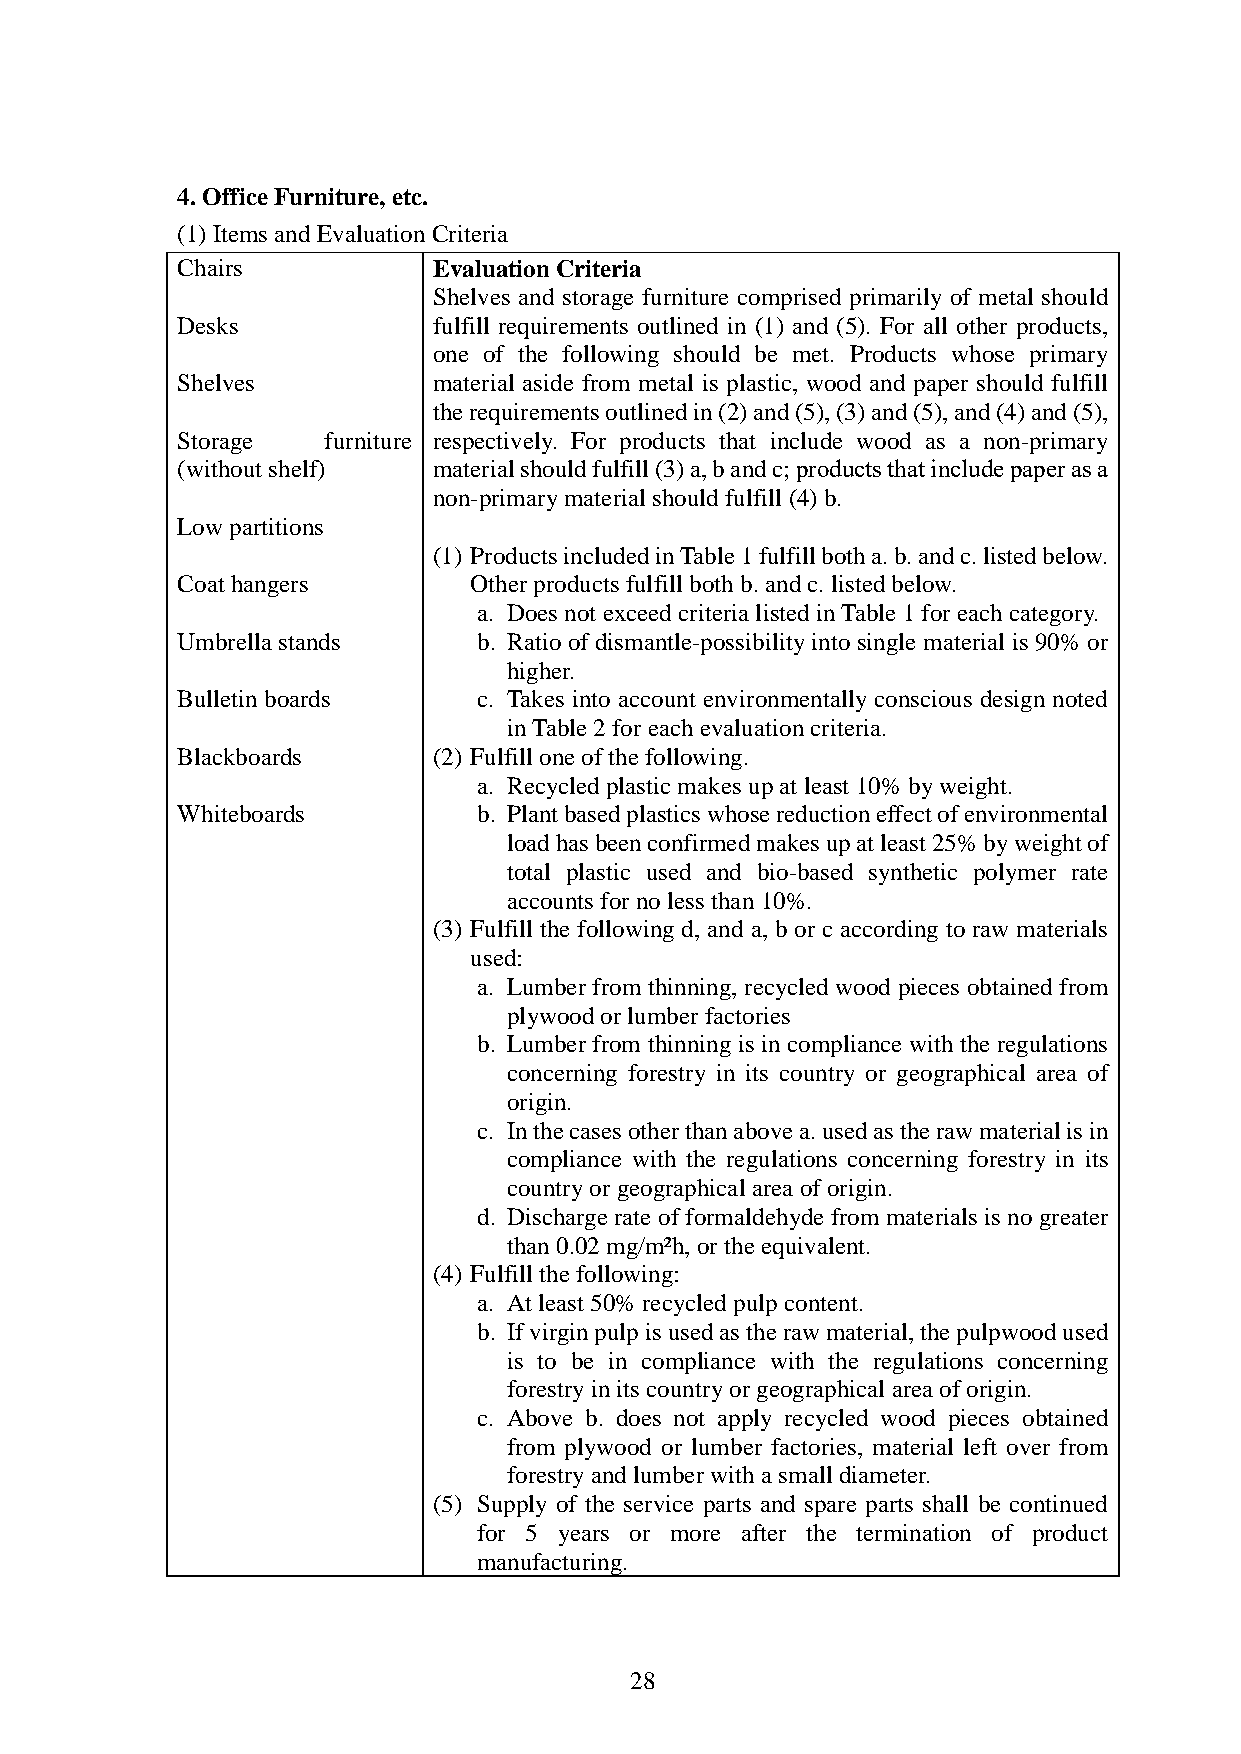
4. Office Furniture, etc.
 (1) Items and Evaluation Criteria
 Chairs           Evaluation Criteria
 Shelves and storage furniture comprised primarily of metal should
 Desks            fulfill requirements outlined in (1) and (5). For all other products,
 one of the following should be met. Products whose primary
 Shelves          material aside from metal is plastic, wood and paper should fulfill
 the requirements outlined in (2) and (5), (3) and (5), and (4) and (5),
 Storage  furniture respectively. For products that include wood as a non-primary
 (without shelf)  material should fulfill (3) a, b and c; products that include paper as a
 non-primary material should fulfill (4) b.
 Low partitions
 (1) Products included in Table 1 fulfill both a. b. and c. listed below.
 Coat hangers       Other products fulfill both b. and c. listed below.
 a. Does not exceed criteria listed in Table 1 for each category.
 Umbrella stands     b. Ratio of dismantle-possibility into single material is 90% or
 higher.
 Bulletin boards     c. Takes into account environmentally conscious design noted
 in Table 2 for each evaluation criteria.
 Blackboards      (2) Fulfill one of the following.
 a. Recycled plastic makes up at least 10% by weight.
 Whiteboards         b. Plant based plastics whose reduction effect of environmental
 load has been confirmed makes up at least 25% by weight of
 total plastic used and bio-based synthetic polymer rate
 accounts for no less than 10%.
 (3) Fulfill the following d, and a, b or c according to raw materials
 used:
 a. Lumber from thinning, recycled wood pieces obtained from
 plywood or lumber factories
 b. Lumber from thinning is in compliance with the regulations
 concerning forestry in its country or geographical area of
 origin.
 c. In the cases other than above a. used as the raw material is in
 compliance with the regulations concerning forestry in its
 country or geographical area of origin.
 d. Discharge rate of formaldehyde from materials is no greater
 than 0.02 mg/m²h, or the equivalent.
 (4) Fulfill the following:
 a. At least 50% recycled pulp content.
 b. If virgin pulp is used as the raw material, the pulpwood used
 is to be in compliance with the regulations concerning
 forestry in its country or geographical area of origin.
 c. Above b. does not apply recycled wood pieces obtained
 from plywood or lumber factories, material left over from
 forestry and lumber with a small diameter.
 (5) Supply of the service parts and spare parts shall be continued
 for 5 years or more after the termination of product
 manufacturing.
 28